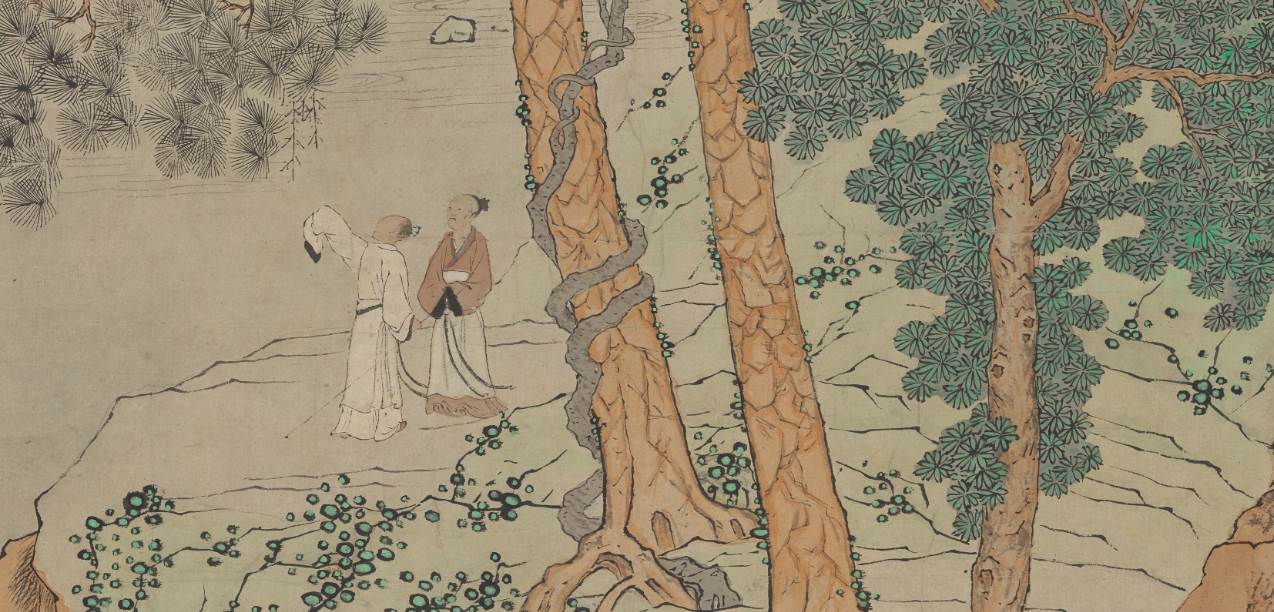
青衫匹马万人呼，幕府当年急急符。